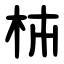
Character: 枾